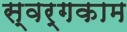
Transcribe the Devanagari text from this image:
स्वर्गकाम